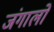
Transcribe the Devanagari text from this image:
जंगालों